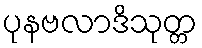
ပုနဗလာဒိသုတ္တ